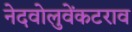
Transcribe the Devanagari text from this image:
नेदवोलुवेंकटराव